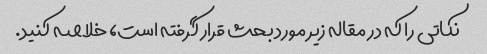
نکاتی را که در مقاله زیر مورد بحث قرار گرفته است، خلاصه کنید.